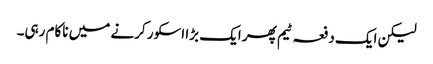
لیکن ایک دفعہ ٹیم پھر ایک بڑا اسکور کرنے میں ناکام رہی۔